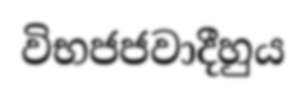
විභජජවාදීහුය